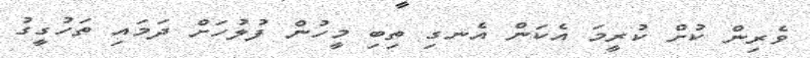
ވެރިން ކުށް ކުރީމަ އެކަން އެނގި ތިބި މީހުން ފުލުހަށް ދަމައި ތަހުގީގު